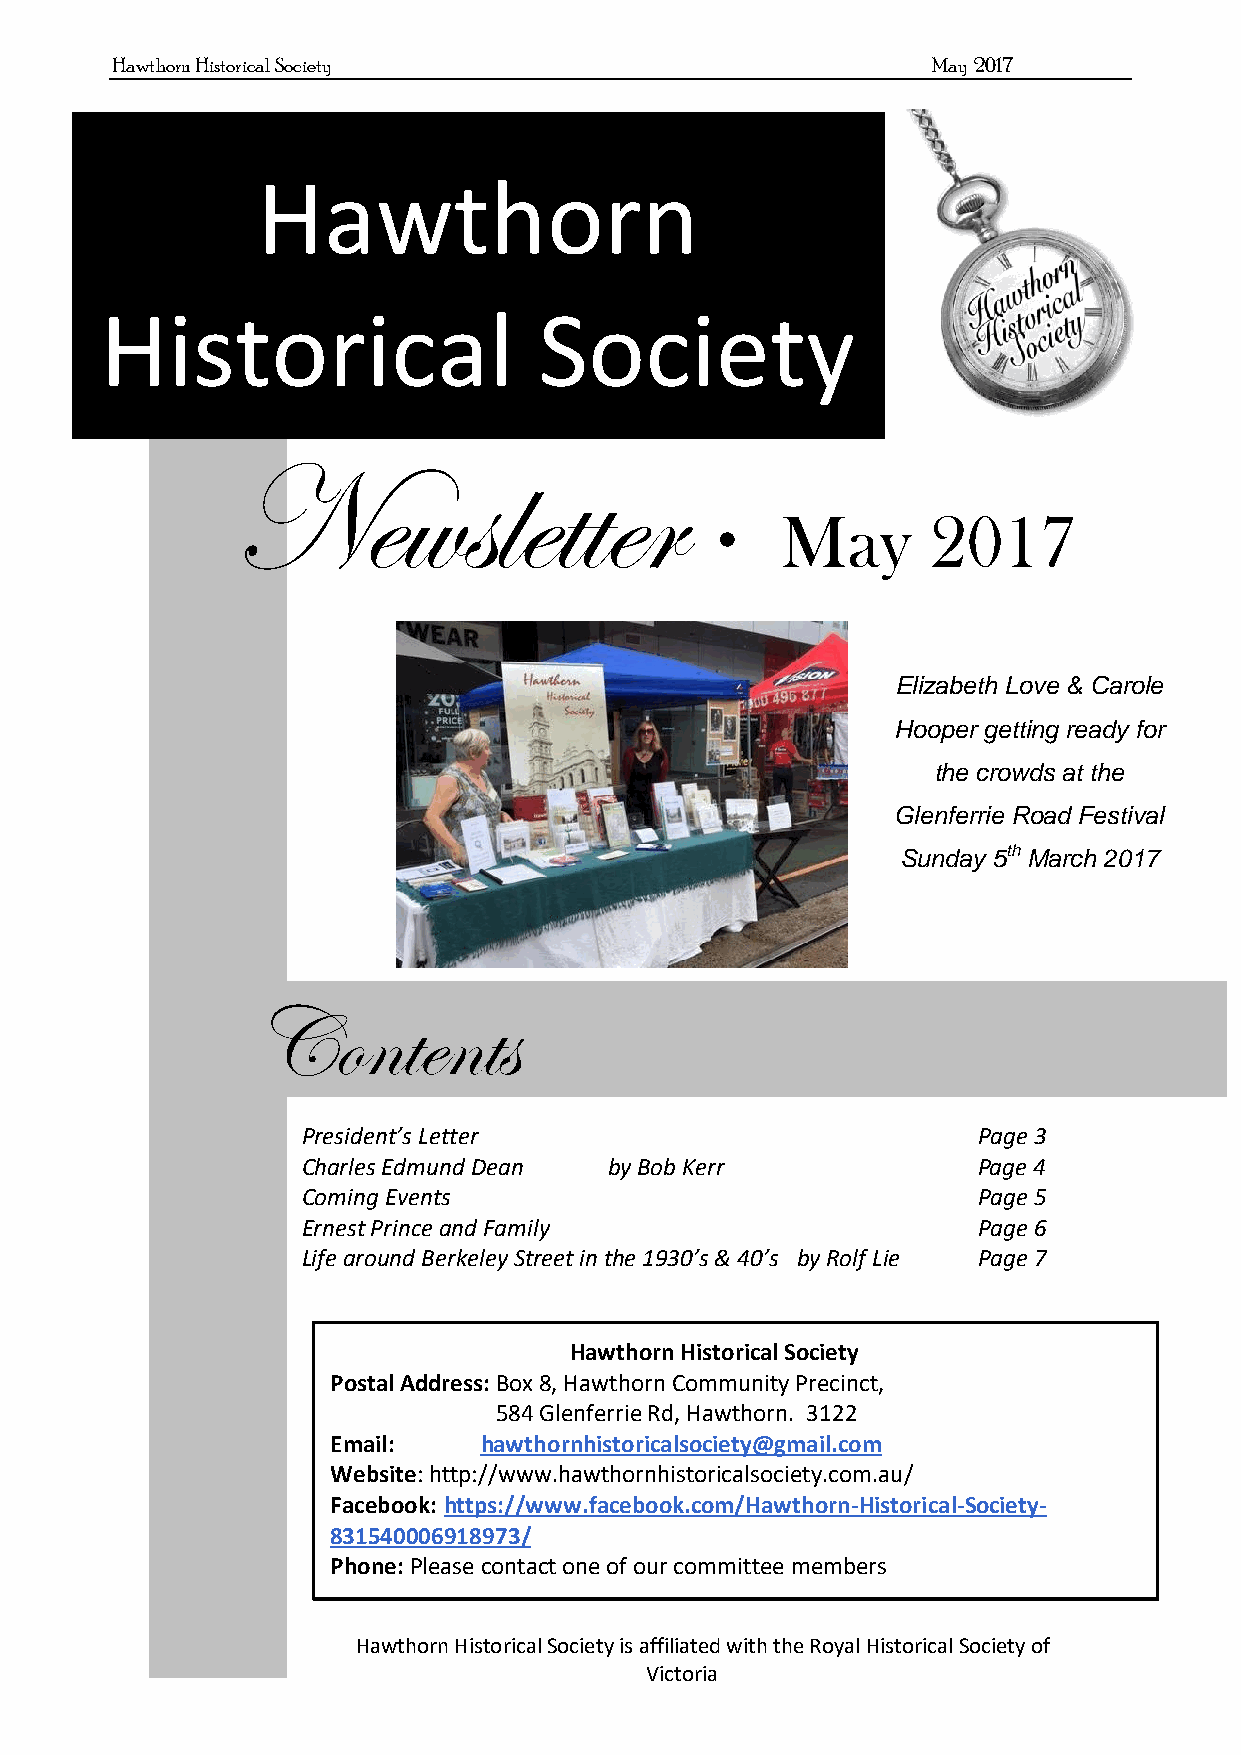
Hawthorn Historical Society                            May 2017
 Hawthorn
 Historical                   Society
 Newsletter
     May      2017
 Elizabeth Love & Carole
 Hooper getting ready for
 the crowds at the
 Glenferrie Road Festival
 Sunday 5th March 2017
 Contents
 President’s Letter                           Page 3
 Charles Edmund Dean by Bob Kerr              Page 4
 Coming Events                                Page 5
 Ernest Prince and Family                     Page 6
 Life around Berkeley Street in the 1930’s & 40’s by Rolf Lie Page 7
 Hawthorn Historical Society
 Postal Address: Box 8, Hawthorn Community Precinct,
 584 Glenferrie Rd, Hawthorn. 3122
 Email:    hawthornhistoricalsociety@gmail.com
 Website: http://www.hawthornhistoricalsociety.com.au/
 Facebook: https://www.facebook.com/Hawthorn-Historical-Society-
 831540006918973/
 Phone: Please contact one of our committee members
 Hawthorn Historical Society is affiliated with the Royal Historical Society of
 Victoria